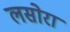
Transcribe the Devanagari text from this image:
लसोरा